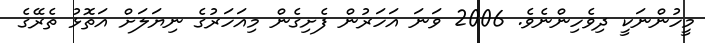
މީހުންނަކީ ދިވެހިންނެވެ. 2006 ވަނަ އަހަރުން ފެށިގެން މިއަހަރުގެ ނިޔަލަށް އަތޮޅު ތެރޭގެ